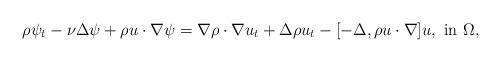
LaTeX: \begin{align*}\rho\psi_t-\nu\Delta\psi+\rho u\cdot\nabla \psi=\nabla\rho\cdot\nabla u_t+\Delta\rho u_t-[-\Delta,\rho u\cdot\nabla]u,\ {\rm in}\ \Omega,\end{align*}